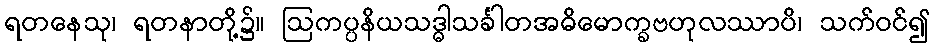
ရတနေသု၊ ရတနာတို့၌။ ဩကပ္ပနိယသဒ္ဓါသင်္ခါတအဓိမောက္ခဗဟုလဿာပိ၊ သက်ဝင်၍